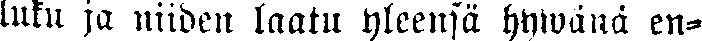
luku ja niiden laatu yleensä hywänä en-